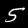
Digit: 5